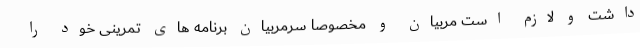
داشت و لازم است مربیان و مخصوصا سرمربیان برنامه های تمرینی خود را